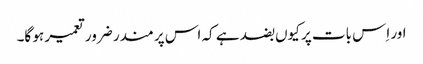
اور اِس بات پر کیوں بضد ہے کہ اس پر مندر ضرور تعمیر ہو گا۔